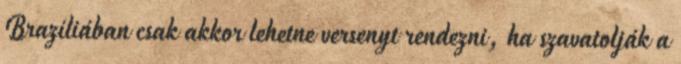
Brazíliában csak akkor lehetne versenyt rendezni, ha szavatolják a